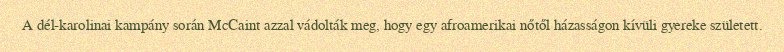
A dél-karolinai kampány során McCaint azzal vádolták meg, hogy egy afroamerikai nőtől házasságon kívüli gyereke született.